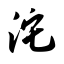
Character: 沱